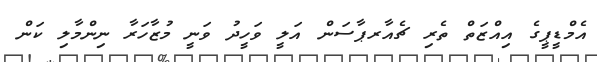
އެމްޑީޕީގެ އިއްޒަތް ތެރި ޗެއާރޕާސަން އަލީ ވަހީދު ވަނީ މުޒާހަރާ ނިންމާލި ކަން